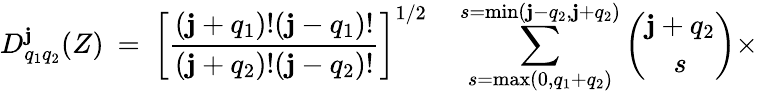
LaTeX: D_{q_{1}q_{2}}^{\mathbf{j}}(Z)\: =\: \left[\frac{{(\mathbf{j}+q_{1})!(\mathbf{j}-q_{1})!}}{{(\mathbf{j}+q_{2})!(\mathbf{j}-q_{2})!}}\right]^{1/2}\quad\sum_{s=\operatorname*{max}(0,q_{1}+q_{2})}^{s=\operatorname*{min}(\mathbf{j}-q_{2},\mathbf{j}+q_{2})}{\binom{\mathbf{j}+q_{2}}{s}}\times